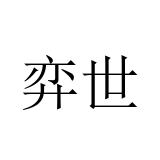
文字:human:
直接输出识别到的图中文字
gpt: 弈世